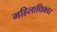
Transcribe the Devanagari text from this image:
महिलाधिकार